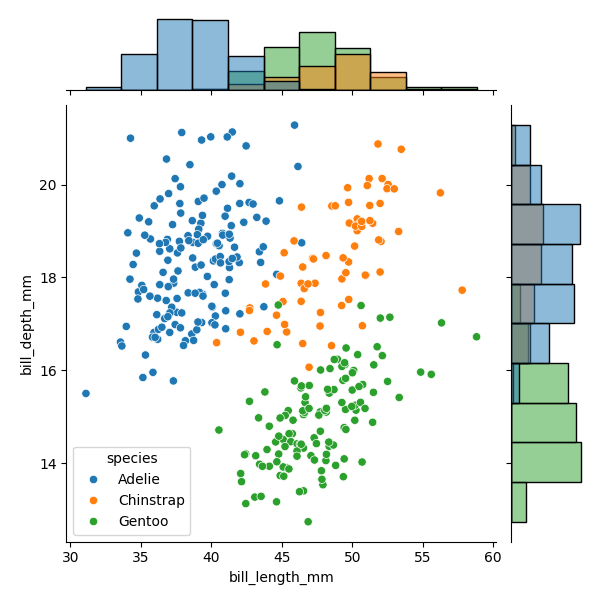
python, seaborn, JointGrid, scatterplot, histplot, hue